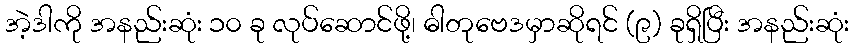
အဲ့ဒါကို အနည်းဆုံး ၁၀ ခု လုပ်ဆောင်ဖို့၊ ဓါတုဗေဒမှာဆိုရင် (၉) ခုရှိပြီး အနည်းဆုံး